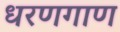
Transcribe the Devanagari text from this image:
धरणगाण